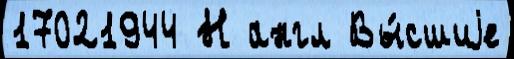
17021944 Н англ Вы́сшиjе